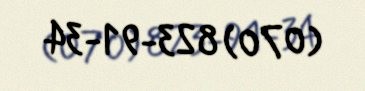
(070) 823-91-34